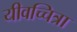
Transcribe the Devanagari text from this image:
यीवच्चित्रा